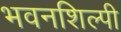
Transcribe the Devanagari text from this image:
भवनशिल्पी